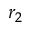
r _ { 2 }